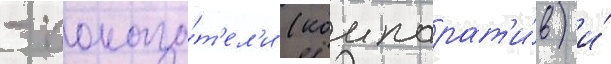
- показа́т'ел'и (компарат'и́в) и́